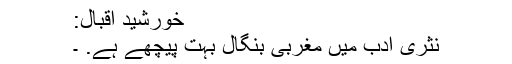
خورشید اقبال:
نثری ادب میں مغربی بنگال بہت پیچھے ہے. ۔